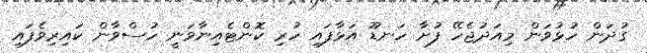
ގުދަން ހުޅުވަން މިއަދުޖެހޭ ފުށާ ހަނޑޫ އަޅާފައި ހުރި ކޮންޓެއިނާވަނީ ހުސްވާން ކައިރިވެފައި